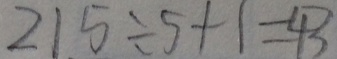
2 1 5 \div 5 + 1 = 4 3